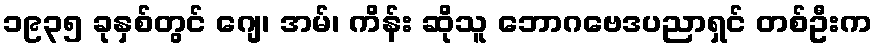
၁၉၃၅ ခုနှစ်တွင် ဂျေ၊ အမ်၊ ကိန်း ဆိုသူ ဘောဂဗေဒပညာရှင် တစ်ဦးက